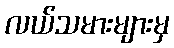
လယ်သမားများမှ